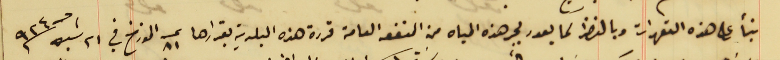
بنأً على هذه التعهدات وبالنظر لما يعود بجر هذه المياه من المنفعه العامة قررة هذه البلدية بقرارها عدد ٨١ المؤرخ في ٢١ شباط سنة ٩٢٤